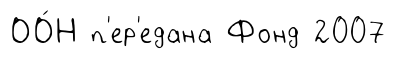
ОО́Н п'ер'едана Фонд 2007